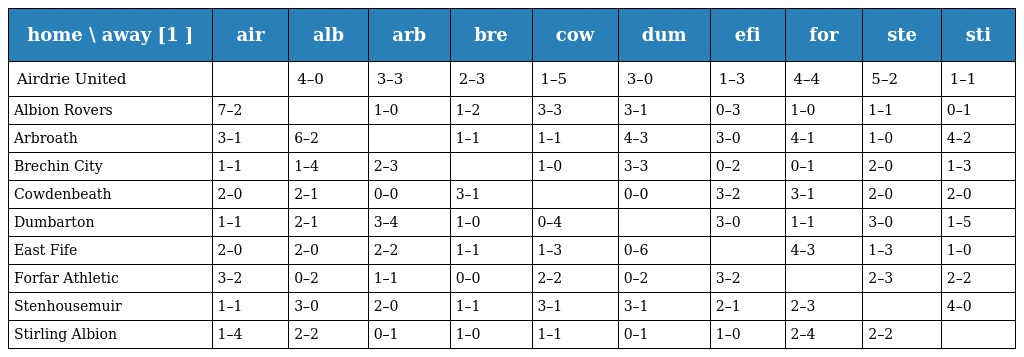
| home \ away [1 ] | air | alb | arb | bre | cow | dum | efi | for | ste | sti |
 | --- | --- | --- | --- | --- | --- | --- | --- | --- | --- | --- |
 | Airdrie United |  | 4–0 | 3–3 | 2–3 | 1–5 | 3–0 | 1–3 | 4–4 | 5–2 | 1–1 |
 | Albion Rovers | 7–2 |  | 1–0 | 1–2 | 3–3 | 3–1 | 0–3 | 1–0 | 1–1 | 0–1 |
 | Arbroath | 3–1 | 6–2 |  | 1–1 | 1–1 | 4–3 | 3–0 | 4–1 | 1–0 | 4–2 |
 | Brechin City | 1–1 | 1–4 | 2–3 |  | 1–0 | 3–3 | 0–2 | 0–1 | 2–0 | 1–3 |
 | Cowdenbeath | 2–0 | 2–1 | 0–0 | 3–1 |  | 0–0 | 3–2 | 3–1 | 2–0 | 2–0 |
 | Dumbarton | 1–1 | 2–1 | 3–4 | 1–0 | 0–4 |  | 3–0 | 1–1 | 3–0 | 1–5 |
 | East Fife | 2–0 | 2–0 | 2–2 | 1–1 | 1–3 | 0–6 |  | 4–3 | 1–3 | 1–0 |
 | Forfar Athletic | 3–2 | 0–2 | 1–1 | 0–0 | 2–2 | 0–2 | 3–2 |  | 2–3 | 2–2 |
 | Stenhousemuir | 1–1 | 3–0 | 2–0 | 1–1 | 3–1 | 3–1 | 2–1 | 2–3 |  | 4–0 |
 | Stirling Albion | 1–4 | 2–2 | 0–1 | 1–0 | 1–1 | 0–1 | 1–0 | 2–4 | 2–2 |  |